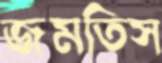
জমতিস